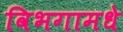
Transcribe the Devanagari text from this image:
विभगामधे